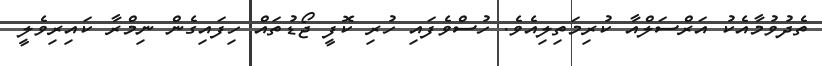
ތެދުވުމާއެކު އަރްސަލްއާ ކުރިމަތިލިއެވެ. ހުސްވެފައި ހުރި ކޮފީ ޖޯޑުތައް ހިފައިގެން ނިމްރާ ކައިރިވެލީ